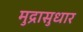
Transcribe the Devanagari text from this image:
मुद्रासुधार